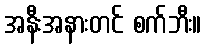
အနီးအနားတင် စက်ဘီး။